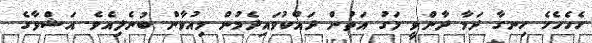
ހެހެހެހެ ހިނގާ ދަމާ ދާންވީ މަގު އަތުން ދައްކުވައިދެމުން މިއުވާން ބުނެލިއެވެ. އަޝްވާގެ